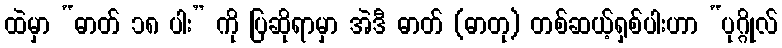
ထဲမှာ “ဓာတ် ၁၈ ပါး” ကို ပြဆိုရာမှာ အဲဒီ ဓာတ် (ဓာတု) တစ်ဆယ့်ရှစ်ပါးဟာ “ပုဂ္ဂိုလ်